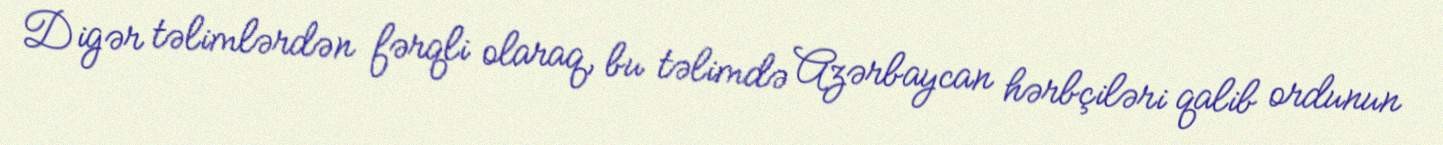
Digər təlimlərdən fərqli olaraq, bu təlimdə Azərbaycan hərbçiləri qalib ordunun